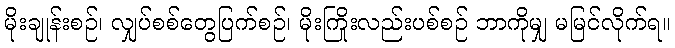
မိုးချုန်းစဉ်၊ လျှပ်စစ်တွေပြက်စဉ်၊ မိုးကြိုးလည်းပစ်စဉ် ဘာကိုမျှ မမြင်လိုက်ရ။